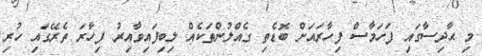
މި ޙާދިސާގައި ފަހަމާސް ފިހާރައަށް ބޮޑެތި ގެއްލުންތަކެއް ލިބިފައިވާއިރު ފިހާރަ ތެރޭގައި ހުރި